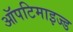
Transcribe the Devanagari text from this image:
ऑपटिमाइज्ड